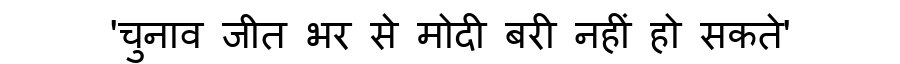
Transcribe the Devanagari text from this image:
'चुनाव जीत भर से मोदी बरी नहीं हो सकते'